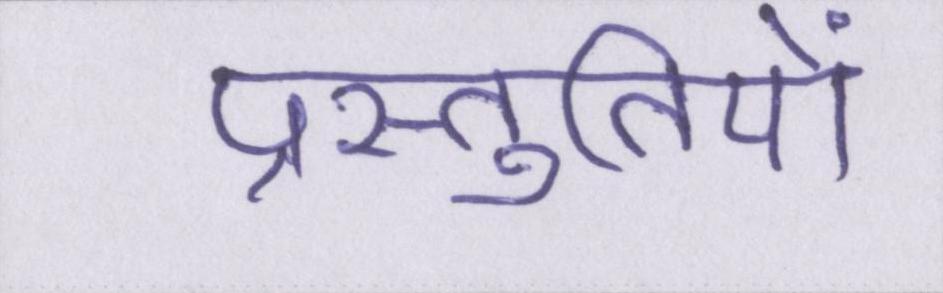
प्रस्तुतियों